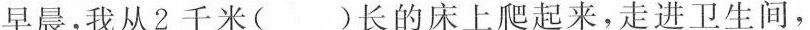
早晨，我从\underline{2千米}( )长的床上爬起来，走进卫生间，